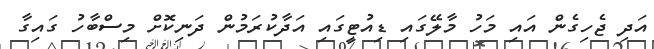
އަދި ޖެހިގެން އައި މަހު މާލޭގައި ޑިއުޓީގައި އަދާކުރަމުން ދަނިކޮށް މިސްބާހު ގައިގާ